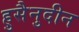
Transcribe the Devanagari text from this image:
हुसैनुदीन